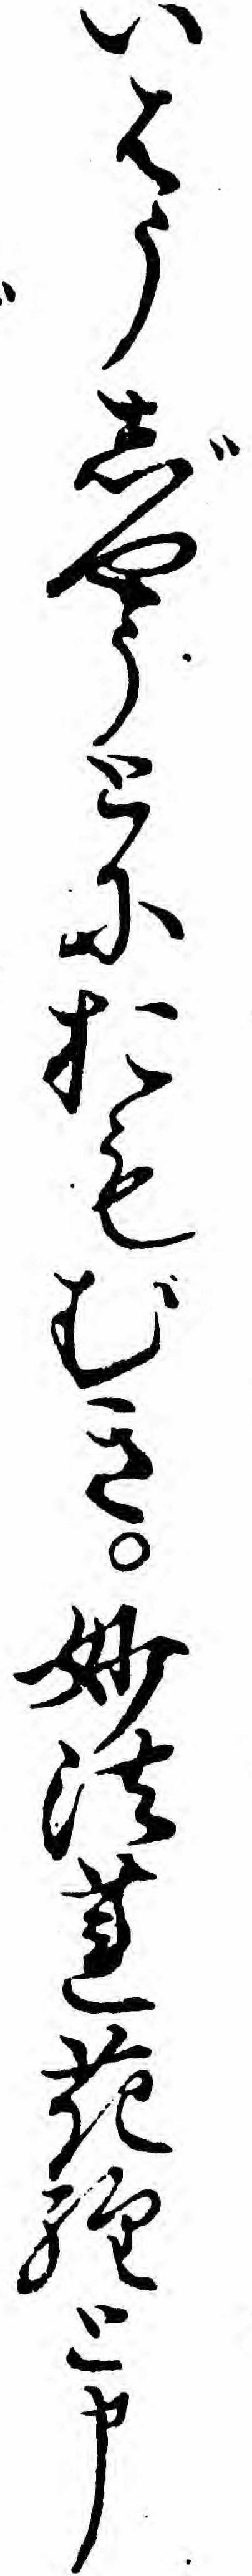
いはうじやうとにおもむき妙法蓮花経と申